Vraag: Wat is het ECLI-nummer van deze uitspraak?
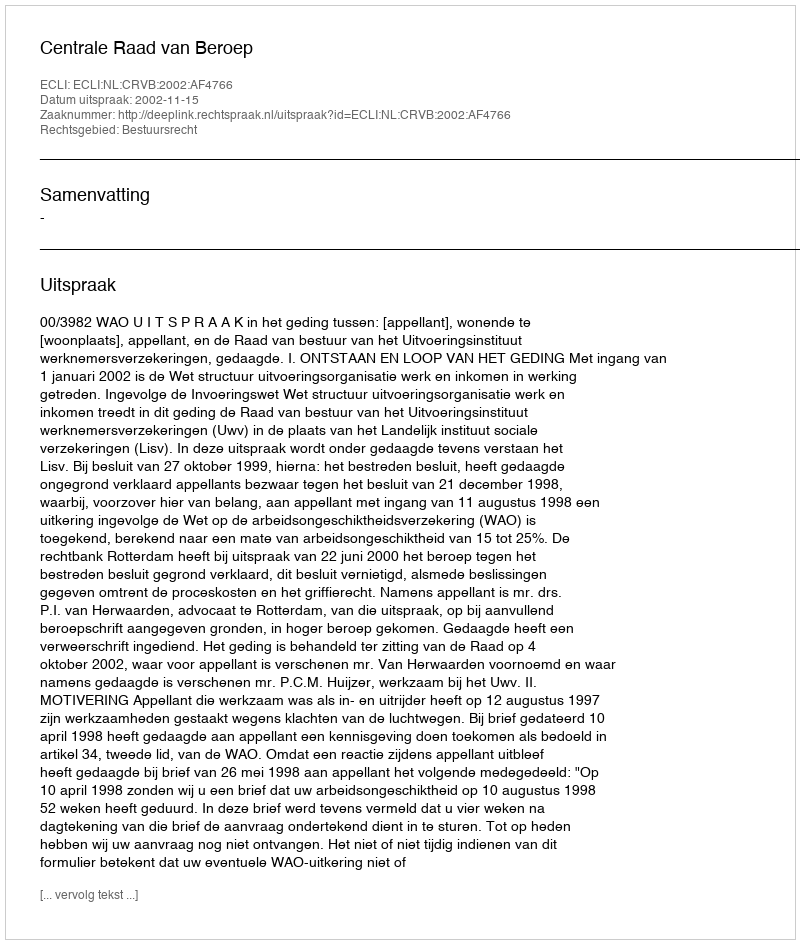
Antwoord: ECLI:NL:CRVB:2002:AF4766